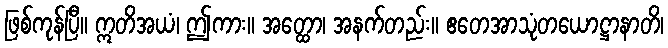
ဖြစ်ကုန်ပြီ။ ဣတိအယံ၊ ဤကား။ အတ္ထော၊ အနက်တည်း။ ဧတေအာသုံတယောဋ္ဌာနာတိ၊